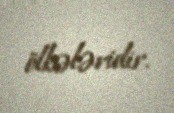
ölkələridir.